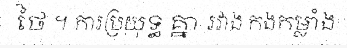
ថៃ ។ ការប្រយុទ្ធ គ្នា រវាង កងកម្លាំង